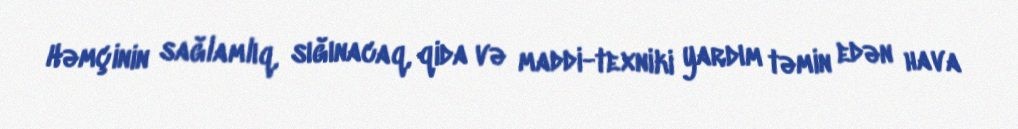
Həmçinin sağlamlıq, sığınacaq, qida və maddi-texniki yardım təmin edən hava